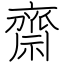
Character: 齋